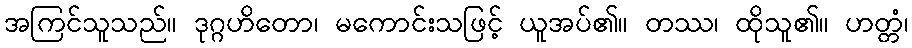
အကြင်သူသည်။ ဒုဂ္ဂဟိတော၊ မကောင်းသဖြင့် ယူအပ်၏။ တဿ၊ ထိုသူ၏။ ဟတ္တံ၊